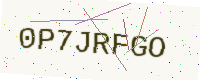
Text: 0P7JRFGO